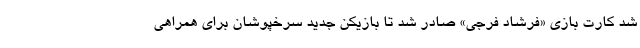
شد کارت بازی «فرشاد فرجی» صادر شد تا بازیکن جدید سرخپوشان برای همراهی